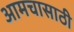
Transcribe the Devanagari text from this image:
आमचासाठी